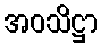
အဝသိဋ္ဌာ